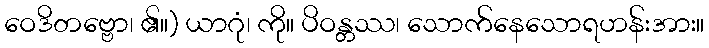
ဝေဒိတဗ္ဗော၊ ၏။) ယာဂုံ၊ ကို။ ပိဝန္တဿ၊ သောက်နေသောရဟန်းအား။